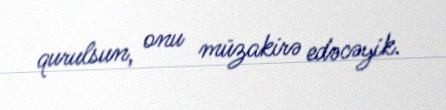
qurulsun, onu müzakirə edəcəyik.